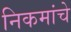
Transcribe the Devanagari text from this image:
निकमांचे